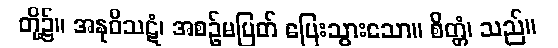
တို့၌။ အနုဝိသဋံ၊ အစဉ်မပြတ် ပြေးသွားသော။ စိတ္တံ၊ သည်။